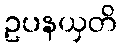
ဥပနယှတိ